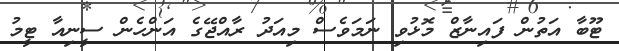
ޓޫބާ އަތުން ފައިނާޒް މޮޅުވި ނަމަވެސް މިއަދު ރާއްޖޭގެ އަންހެން ސީނިއާ ޓީމު